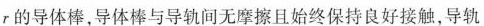
r的导体棒，导体棒与导轨间无摩擦且始终保持良好接触，导轨